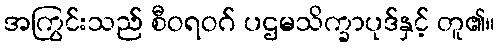
အကြွင်းသည် စီဝရဝဂ် ပဌမသိက္ခာပုဒ်နှင့် တူ၏။